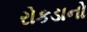
રોકડાનો